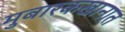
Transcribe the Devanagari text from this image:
मुबारकखानात